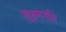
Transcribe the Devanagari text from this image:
सूक्ष्‍मगति